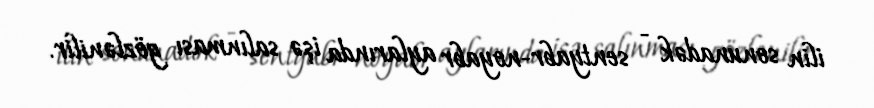
ilin sonunadək - sentyabr-noyabr aylarında işə salınması gözlənilir.